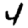
Digit: 4